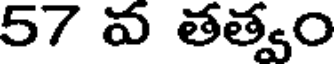
57 వ తత్వం